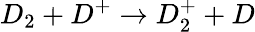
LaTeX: D_{2}+D^{+}\rightarrow D_{2}^{+}+D